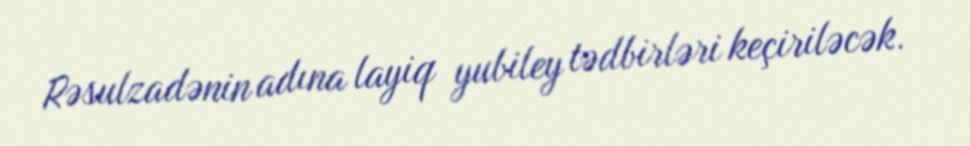
Rəsulzadənin adına layiq yubiley tədbirləri keçiriləcək.